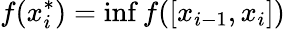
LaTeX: f(x_{i}^{*})=\operatorname*{inf}f([x_{i-1},x_{i}])